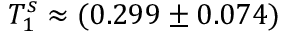
T _ { 1 } ^ { s } \approx ( 0 . 2 9 9 \pm 0 . 0 7 4 )